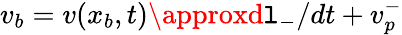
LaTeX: v_{b}=v(x_{b},t)\approxd\mathtt{l}_{-}/dt+v_{p}^{-}